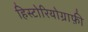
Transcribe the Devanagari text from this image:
हिस्टोरियोग्राफ़ी